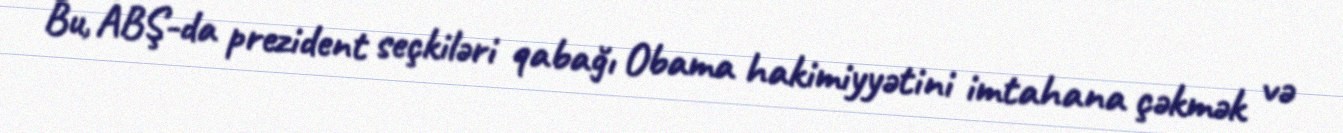
Bu, ABŞ-da prezident seçkiləri qabağı Obama hakimiyyətini imtahana çəkmək və